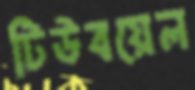
টিউবয়েল